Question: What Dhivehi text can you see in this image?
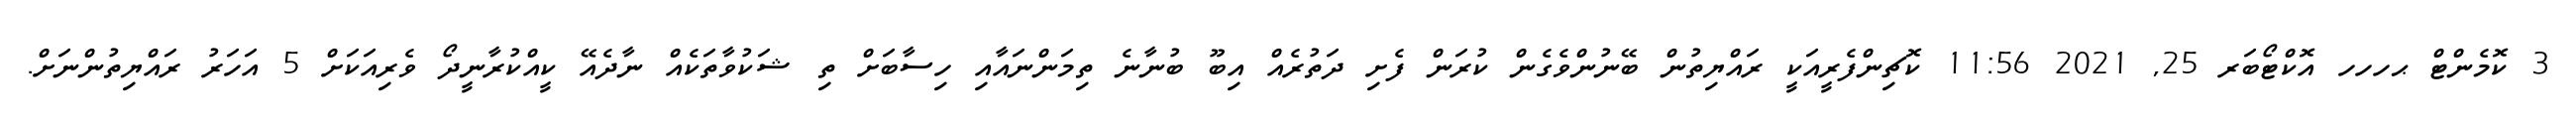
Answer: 3 ކޮމެންޓް ޙހހހ އޮކްޓޯބަރ 25, 2021 11:56 ކޮޗިންފެރީއަކީ ރައްޔިތުން ބޭނުންވެގެން ކުރަން ފެށި ދަތުރެއް އިބޫ ބުނާނެ ތިމަންނައާއި ހިސާބަށް ތި ޝަކުވާތަކެއް ނާދެއޭ ކީއްކުރާނީދޯ ވެރިއަކަށް 5 އަހަރު ރައްޔިތުންނަށް.